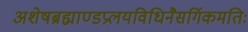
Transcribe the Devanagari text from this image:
अशेषब्रह्माण्डप्रलयविधिनैसर्गिकमतिः